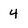
Character: 4